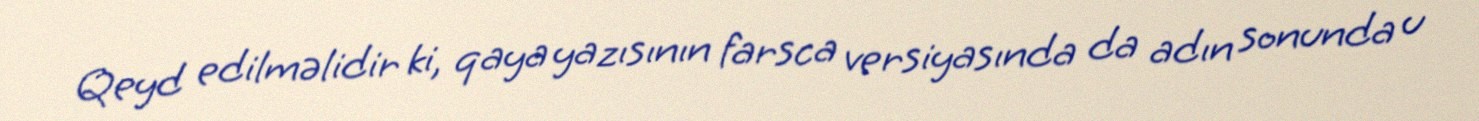
Qeyd edilməlidir ki, qaya yazısının farsca versiyasında da adın sonunda u